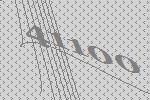
41100